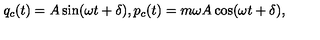
q _ { c } ( t ) = A \sin ( \omega t + \delta ) , p _ { c } ( t ) = m \omega A \cos ( \omega t + \delta ) ,